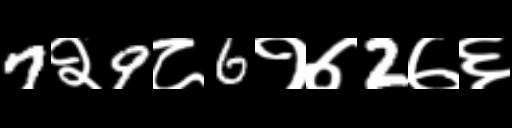
Text: 7२9८6१७2७६